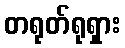
တရုတ်ရုရှား